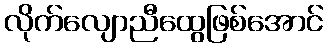
လိုက်လျောညီထွေဖြစ်အောင်